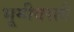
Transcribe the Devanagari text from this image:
भूमीवरती